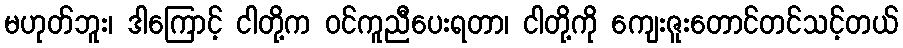
မဟုတ်ဘူး၊ ဒါကြောင့် ငါတို့က ဝင်ကူညီပေးရတာ၊ ငါတို့ကို ကျေးဇူးတောင်တင်သင့်တယ်